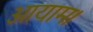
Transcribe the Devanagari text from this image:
आयाम।